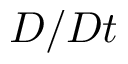
D / D t